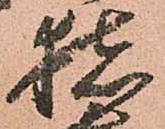
猪